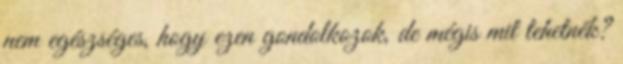
nem egészséges, hogy ezen gondolkozok, de mégis mit tehetnék?